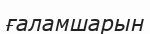
ғаламшарын